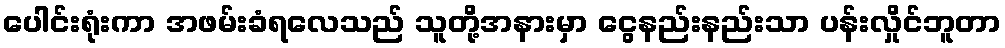
ပေါင်းရုံးကာ အဖမ်းခံရလေသည် သူတို့အနားမှာ ငွေနည်းနည်းသာ ပန်းလှိုင်ဘူတာ